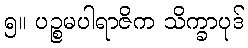
၅။ ပဉ္စမပါရာဇိက သိက္ခာပုဒ်